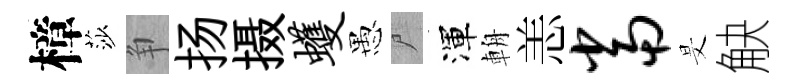
樟莎争扬摄蠖愚尸渾輈恙当旻觖